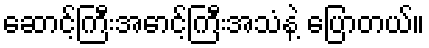
ဆောင့်ကြီးအောင့်ကြီးအသံနဲ့ ပြောတယ်။